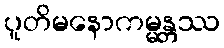
ပူတိမနောကမ္မန္တဿ